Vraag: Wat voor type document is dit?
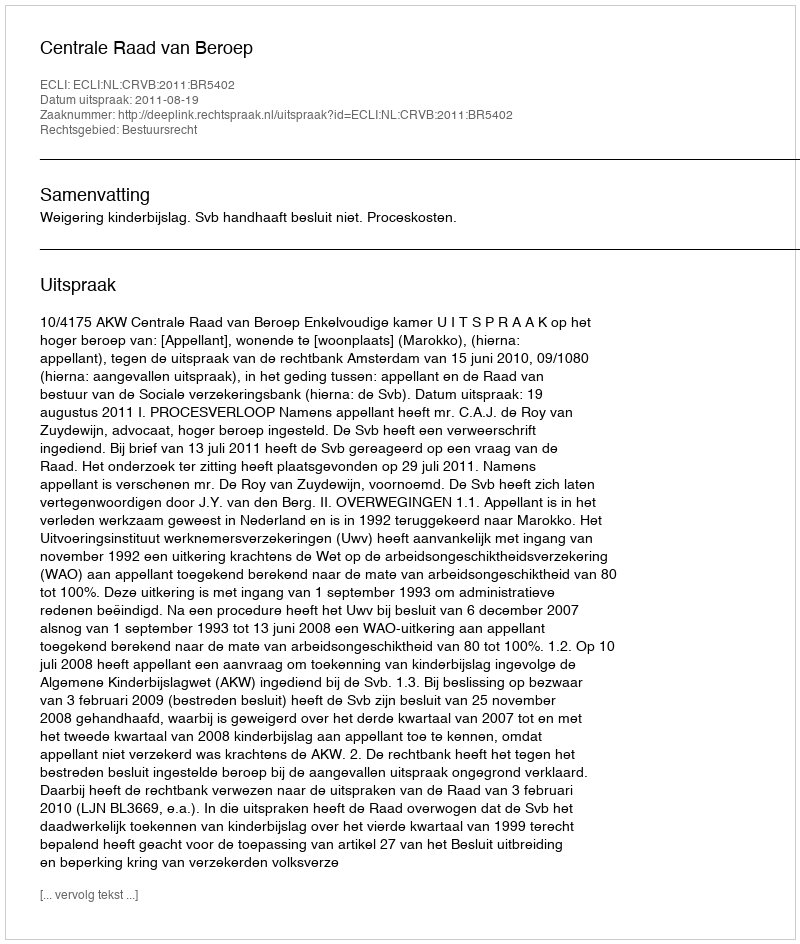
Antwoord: Uitspraak